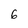
Character: 6